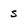
Character: s